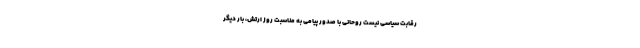
رقابت سیاسی نیست روحانی با صدور پیامی به مناسبت روز ارتش، بار دیگر